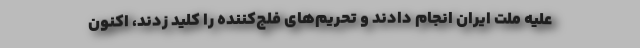
علیه ملّت ایران انجام دادند و تحریم‌های فلج‌کننده را کلید زدند، اکنون